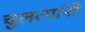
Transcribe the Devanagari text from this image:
चुलत्यांनी